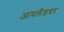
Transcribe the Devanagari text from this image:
आयर्लंडवर